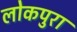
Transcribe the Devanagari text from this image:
लोकपुरा